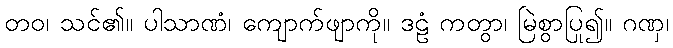
တဝ၊ သင်၏။ ပါသာဏံ၊ ကျောက်ဖျာကို။ ဒဠံ ကတွာ၊ မြဲစွာပြု၍။ ဂဏှ၊